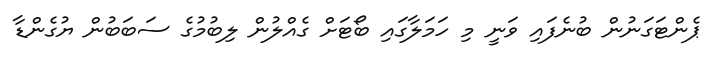
ޕެންޓަގަނުން ބުނެފައި ވަނީ މި ހަމަލާގައި ބޯޓަށް ގެއްލުން ލިބުމުގެ ސަބަބުން ޔުގެންޑާ